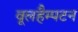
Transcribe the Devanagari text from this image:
वूलहैम्पटन